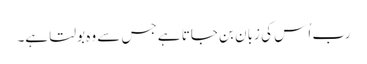
رب اُس کی زبان بن جاتا ہے جس سے وہ بولتا ہے۔